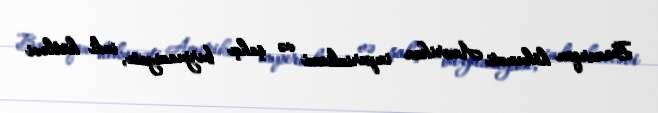
Bazarqan hökuməti Amerikan imperializmi və şahçı burjuaziyası, indi kütləvi